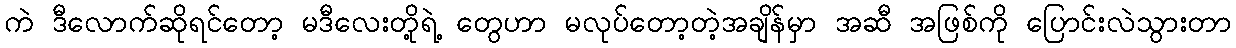
ကဲ ဒီလောက်ဆိုရင်တော့ မဒီလေးတို့ရဲ့ တွေဟာ မလုပ်တော့တဲ့အချိန်မှာ အဆီ အဖြစ်ကို ပြောင်းလဲသွားတာ